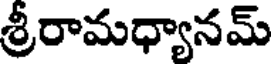
శ్రీరామధ్యానమ్